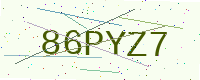
Text: 86PYZ7